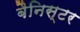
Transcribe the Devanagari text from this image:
बैनिस्टर